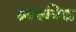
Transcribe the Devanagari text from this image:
श्रावनिक